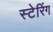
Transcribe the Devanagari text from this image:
स्टेरिंग